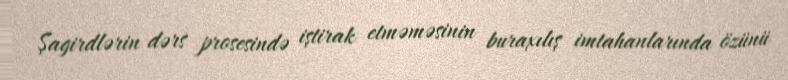
Şagirdlərin dərs prosesində iştirak etməməsinin buraxılış imtahanlarında özünü